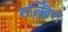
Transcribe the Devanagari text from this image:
सत्खिरा